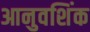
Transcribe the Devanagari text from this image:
आनुवशिंक